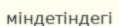
міндетіндегі